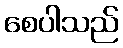
စေပါသည်